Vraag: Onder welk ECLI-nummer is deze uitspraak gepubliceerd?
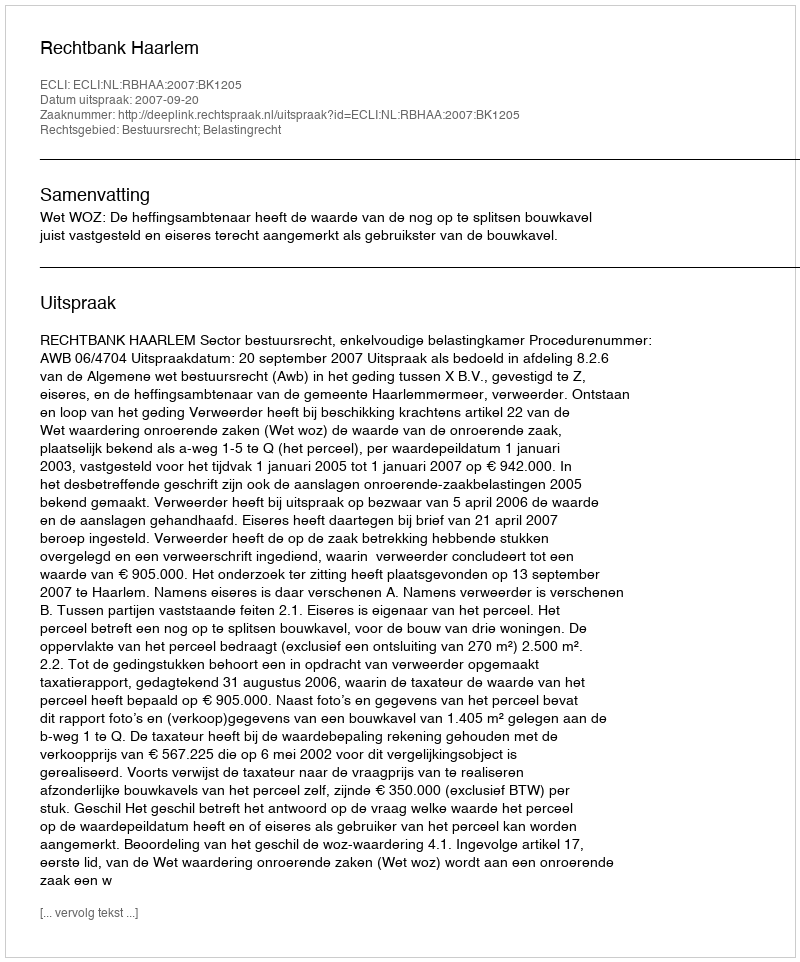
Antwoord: ECLI:NL:RBHAA:2007:BK1205